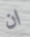
ان